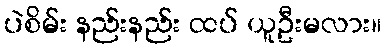
ပဲစိမ်း နည်းနည်း ထပ် ယူဦးမလား။